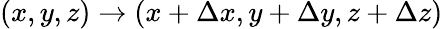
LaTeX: (x,y,z)\to(x+\Delta x,y+\Delta y,z+\Delta z)